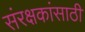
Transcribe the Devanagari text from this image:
संरक्षकांसाठी